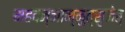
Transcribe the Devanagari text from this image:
महदज्ञान्मुत्सृजेत्